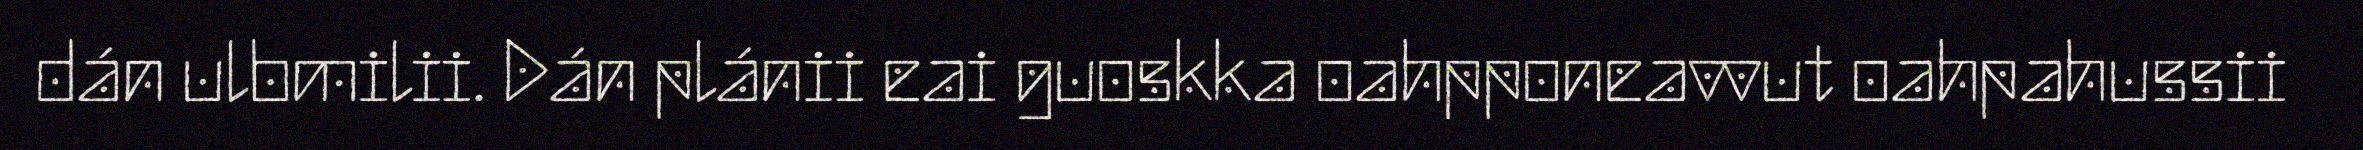
dán ulbmilii. Dán plánii eai guoskka oahpponeavvut oahpahussii